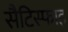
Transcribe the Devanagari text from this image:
सैटिस्फाइ